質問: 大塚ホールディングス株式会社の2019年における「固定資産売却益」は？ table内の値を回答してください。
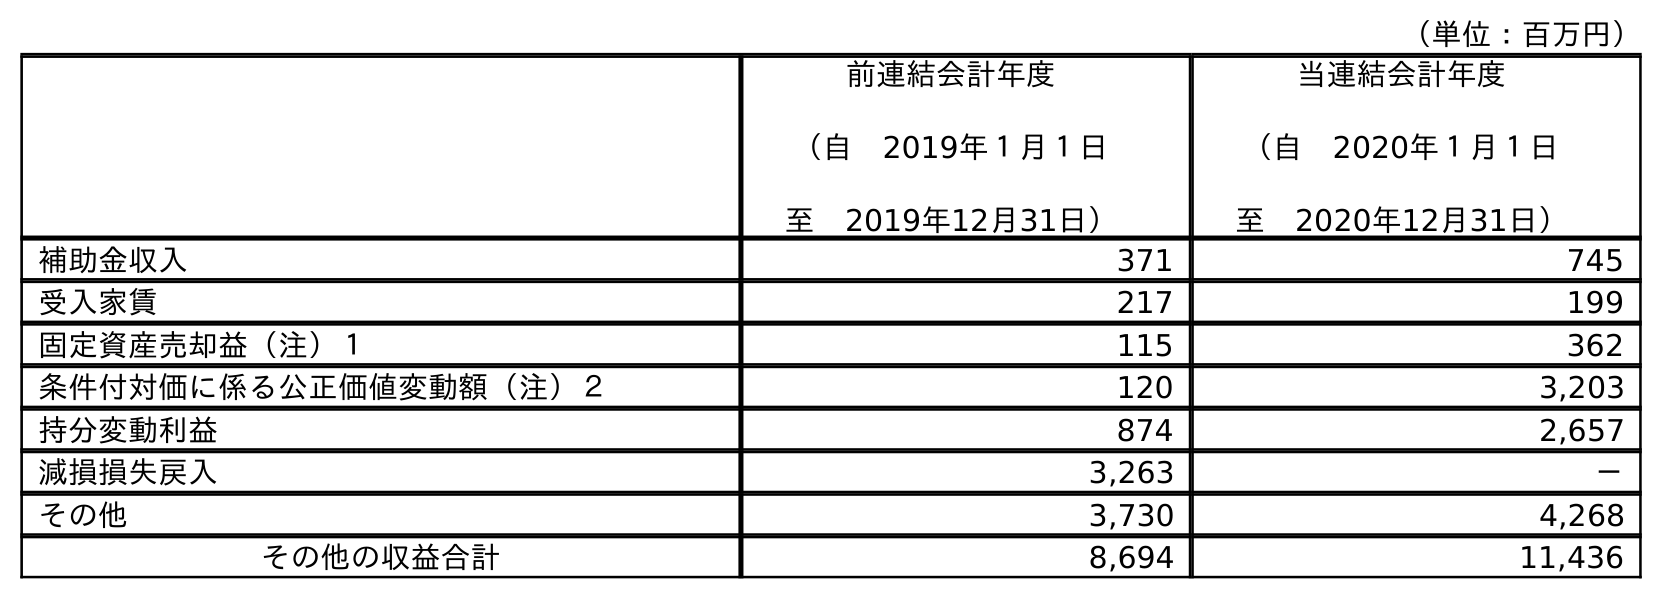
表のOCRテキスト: （単位：百万円） 前連結会計年度 （自 2019年１月１日 至 2019年12月31日） 当連結会計年度 （自 2020年１月１日 至 2020年12月31日） 補助金収入 371 745 受入家賃 217 199 固定資産売却益（注）１ 115 362 条件付対価に係る公正価値変動額（注）２ 120 3,203 持分変動利益 874 2,657 減損損失戻入 3,263 － その他 3,730 4,268 その他の収益合計 8,694 11,436
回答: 115